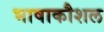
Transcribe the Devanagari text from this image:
भाषाकौशल